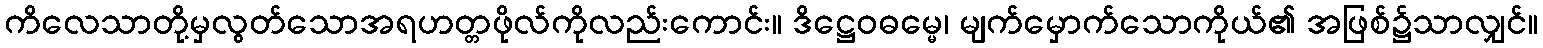
ကိလေသာတို့မှလွတ်သောအရဟတ္တဖိုလ်ကိုလည်းကောင်း။ ဒိဋ္ဌေဝဓမ္မေ၊ မျက်မှောက်သောကိုယ်၏ အဖြစ်၌သာလျှင်။